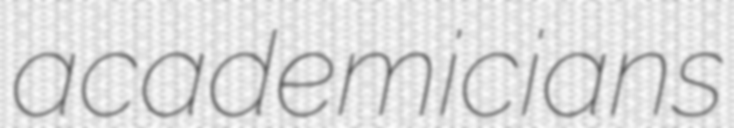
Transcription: academicians